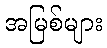
အမြစ်များ